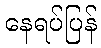
နေရပ်ပြန်